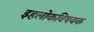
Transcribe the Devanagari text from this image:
इहलोकविषयक